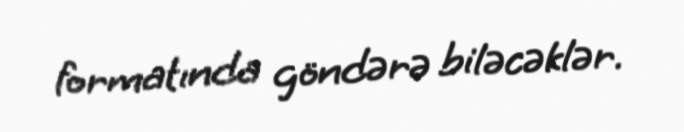
formatında göndərə biləcəklər.